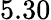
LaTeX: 5.30